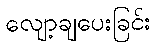
လျော့ချပေးခြင်း